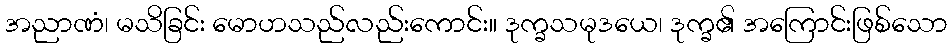
အညာဏံ၊ မသိခြင်း မောဟသည်လည်းကောင်း။ ဒုက္ခသမုဒယေ၊ ဒုက္ခ၏ အကြောင်းဖြစ်သော